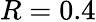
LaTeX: R=0.4